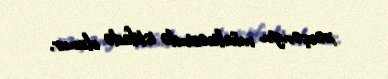
xərçəngin müalicəsində istifadə olunur.